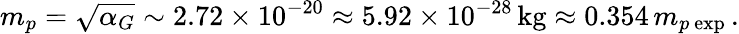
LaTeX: m_{p}=\sqrt{\alpha_{G}}\sim 2.72\times 10^{-20}\approx 5.92\times 10^{-28}\, \mathrm{kg}\approx 0.354\, m_{p\ \mathrm{exp}}\, .